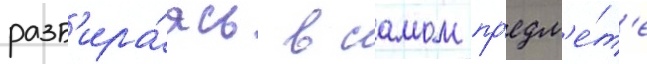
разб'ира́ясь в самом пр'едм'е́т'е